Vital statistics of India. Vol. VI, European troops 1870-79
Year: 1870
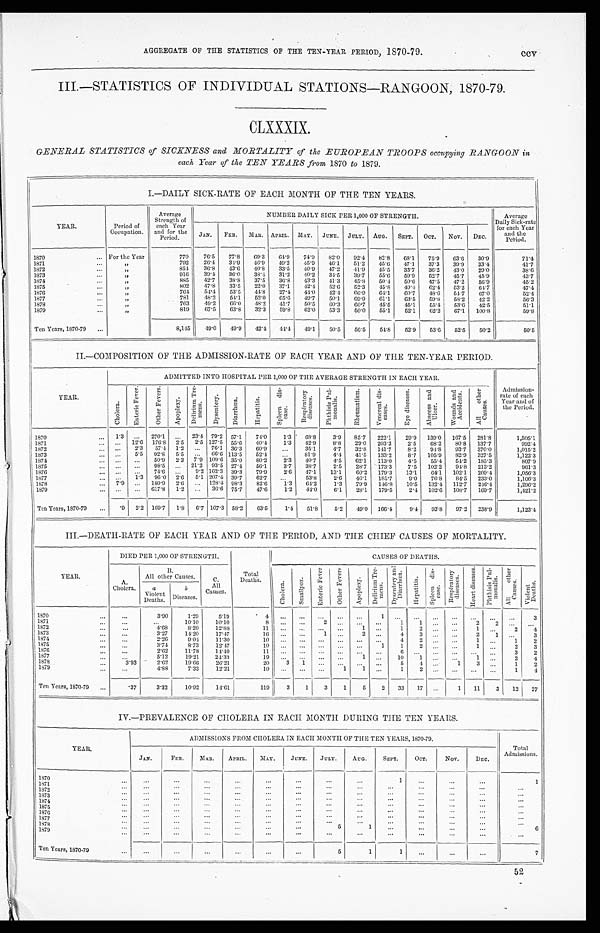
AGGREGATE OF THE STATISTICS OF THE TEN-YEAR PERIOD, 1870-79.
ccv
III.—STATISTICS OF INDIVIDUAL STATIONS—RANGOON, 1870-79.
CLXXXIX.
GENERAL STATISTICS of SICKNESS and MORTALITY of the EUROPEAN TROOPS occupying RANGOON in
each Year of the TEN YEARS from 1870 to 1879.
I.—DAILY SICK-RATE OF EACH MONTH OF THE TEN YEARS.
YEAR.
Period of
Occupation.
Average
Strength of
each Year
and for the
Period.
NUMBER DAILY SICK PER 1,000 OF STRENGTH.
Average
Daily Sick-rate
for each Year
and the
Period.
J AN.
FEB. MAR. APRIL. MAY. JUNE. JULY. AUG. SEPT. OCT. NOV. DEC.
1870
For the Year
770
76.5 77.8 69.3 64.9 74.9 82.0 92.4 82.8 68.1 75.9 63.6 30.9
71.4
1871
"
792 26.4 34.9 46.9 49.2 45.9 46.1
51.2 45.6 47.1
37.3 39.9
33.4
41.7
1872
"
854 36.8 43.6 40.8 33.5 40.9 47.2 41.9 45.5 33.7 36.2 43.0
29.0
38.6
1873
"
916
39.4 36.0 38.4 31.2 40.2 34.5 39.7 55.6 59.9 52.7 45.7
45.9
43.7
1874
"
885
42.7
38.8 37.5 36.8 43.3 41.3 45.8
50.4
5 0 . 6 47.5
47.2
56.9
45.2
1875
"
802
47.8 33.5 22.0 37.1
42.4 59.6 52.3 45.8 49.4 62.4 53.2 64.7
47.4
1876
"
764
54.4 53.5 44.8 27.4 44.0 42.4 66.9 64.1
60.7 48.6 54.7 67.0
52.4
1877
"
781
4 8 . 2 54.1
52.0 65.6 49.7 50.1
69.9 61.1
63.5 59.8 58.2 42.2
56.3
1878
"
763
49.2 66.0 48.2 41.7 50.5
60.3 60.7 45.5
45.1 55.4 53.6 42.5
51.1
1879
"
819
67.5
63.8 32.3 59.8 62.0 53.3
50.0 55.1
52.1
62.2
67.1 100.8
59.8
Ten Years, 1870-79
8,145
49.0 49.9 42.4 44.4 49.1
50.5 56.5
54.8
52.9 53.6 52.5 50.2
50.5
II.—COMPOSITION OF THE ADMISSION-RATE OF EACH YEAR AND OF THE TEN-YEAR PERIOD.
YEAR .
ADMITTED INTO HOSPITAL PER 1,000 OF THE AVERAGE STRENGTH IN EACH YEAR.
Admission-
rate of each
Year and of
the Period.
C h o l e r a .
E n t e r i c F e v e r .
O t h e r F e v e r s .
A p o p l e x y .
D e l i r i u m T r e -
m e n s .
D y s e n t e r y .
D i a r r h œ a .
H e p a t i t i s .
S p l e e n d i s -
e a s e . Respiratory
diseases.
P h t h i s i s P u l -
mo n a l i s .
R h e u m a t i s m .
V e n e r e a l d i s -
e a s e s .
E y e d i s e a s e s .
A b s c e s s a n d
U l c e r .
W o u n d s a n d
A c c i d e n t s .
A l l o t h e r
C a u s e s .
1870
1 . 3 . . . 270.1 ... 23.4 79.2 57.1
74.0
1.3 68.8
3.9 85.7 222.1
29.9 139.0 167.5 281.8
1,505.1
1871
. . . 12.6 176.8 2.5 2.5 127.5 55.6 40.4
l.3 42.9
8.8 29.0 203.3
2.5
68.2 80.8 137.7
992.4
1872
. . .
2.3 57.4 1.2 ... 76.1 36.3 60.9
...
35.1
4.7 32.8 141.7
8.2 94.8 93.7 370.0
1,015.2
1873
. . .
5. 5 92.8 5.5 ... 66.6 113.5 52.4
...
81.9
4.4 41.5 133.2
8.7 105.9 82.9 327.5
1,122.3
1 8 7 4
. . . ... 50.9 2.3 7.9 109.6 35.0 80.2
2 . 3
4 0 . 7 4.5 62.1 113.0
4.5 55.4 54.2 185.3
807.9
1875
.„ ...
98.5 ... 21.2 93.5 27.4 56.1
3.7
3 8 . 7
2 . 5
2 8 . 7 173.3
7.5 102.2 94.8 213.2
961.3
1876
... ...
74.6
. . . 9.2 162.3 39.3 79.9
2. 6
4 7 . 1 13.1
60.2 179.3
13.1 64.1 102.1 209.4
1,056.3
1877
. . .
1.3 96.0 2.6 5.1 207.4 39.7 62.7 ...
53.8
2.6 46.1 185.7
9.0 76.8 84.5 233.0
1,106.3
1878
7.9 ... 180.9 2.6 ... 128.4 98.3 82.6
1.3 64.2
l.3 79.9 146.8 10.5 132.4 112.7 246.4
1,296.2
1879
. . .
... 617.8 1.2
. . . 36.6 75.7 47.6
1.2
4 4 . 0
6.1
28.1 179.5
2.4 102.6 108.7 169.7
1,421.2
Ten Years, 1870-79
.9 2.2 169.7 1.8 6.7 107.3 58.2 63.5
1.4 51.8
5.2 49.0 166.4
9.4 93.8 97.2 238.9
1,123.4
III.—DEATH-RATE OF EACH YEAR AND OF THE PERIOD, AND THE CHIEF CAUSES OF MORTALITY.
YEAR.
DIED PER 1,000 OF STRENGTH.
Total
Deaths.
CAUSES OF DEATHS.
A.
Cholera.
B .
All other Causes.
C .
A l l
Causes.
C h o l e r a .
S m a l l p o x .
E n t e r i c F e v e r .
O t h e r F e v e r s .
A p o p l e x y .
D e l i r i u m T r e -
m e n s . D y s e n t e r y a n d
D i a r r h œ a .
H e p a t i t i s .
S p l e e n d i s -
ease.
R e s p i r a t o r y
d i s e a s e s .
H e a r t d i s e a s e s .
P h t h i s i s P u l -
m o n a l i s .
A l l o t h e r
C a u s e s .
V i o l e n t
D e a t h s .
a
Violent
Deaths.
b
D i s e a s e s .
1870
. . .
3.90
1.29
5.19
4 . . . ... ... ... ...
1
. . . ... ... ...
. . .
. . . ...
3
1871
. . .
. . . 10.10
10.10
8 ... ...
2 ... ...
. . . 1
1 ...
. . . 2
2
. . . ...
1872
. . .
4.68
8.20
12.88
11 ... ...
... ... 1
. . . 1
2 ...
. . . 1
. . .
2
4
1873
. . .
3.27
14.20
17.47
16 ... ... 1
... 2
. . . 4
3 ...
. . . 2
1
. . . 3
1874
...
2.26
9.04
11.30
1 0 . . . ... ... ... ...
. . . 4
2 ...
. . .
1
. . .
1 2
1875
. . .
3.74
8.73
12.47
10
. . .
. . .
. . .
...
. . .
1
1
2 ...
. . .
1
. . . 2
3
1 8 7 6
. . .
2.62
11.78
14.40
11
. . . ... ... ... ...
. . .
6
. . .
...
. . . . . .
. . . 3
2
1877
...
5.12
19.21
24.33
19 ... ...
. . .
...
1
. . . 10
1 ...
. . . 1
. . . 2
4
1878
3 . 9 3
2.62
19.66
26.21
20
3 1
... ...
...
. . .
5
4 ...
1
3
. . . 1
2
1 8 7 9
. . .
4.88
7.33
12.21
1 0
. . . ... ... 1
1
. . .
1
2 ...
. . .
. . .
. . . 1
4
Ten Years, 1870-79
.37
3.32
10.92
14.61
119
3
1
3
1
5
2 33 17 ...
1 11
3 12 27
IV.—PREVALENCE OF CHOLERA IN EACH MONTH DURING THE TEN YEARS.
YEAR.
ADMISSIONS FROM CHOLERA IN EACH MONTH OF THE TEN YEARS, 1870-79.
Total
Admissions.
JAN.
FEB.
MAR. APRIL. MAY.
JUNE. JULY.
AUG.
SEPT.
OCT.
NOV.
DEC.
1870
. . .
. . .
. . .
. . .
. . .
. . .
. . .
. . .
1
. . .
. . .
. . .
1
1871
. . .
. . .
. . .
. . .
. . .
. . .
. . . ...
. . .
. . .
. . .
. . .
. . .
1872
. . .
. . .
. . .
. . .
. . .
. . .
. . . ...
. . .
. . .
. . .
. . .
. . .
1873
. . .
. . .
. . .
. . .
. . .
. . .
. . .
. . .
. . .
. . .
. . .
. . .
. . .
1 8 7 4
. . .
. . .
. . .
. . .
. . .
. . .
. . .
. . .
. . .
. . .
. . .
. . .
. . .
1875
. . .
. . .
. . .
. . .
. . .
. . .
. . . ...
. . .
. . .
. . .
. . .
. . .
1876
. . .
. . .
. . .
. . .
. . .
. . .
. . . ...
. . .
. . .
. . .
. . .
. . .
1877
. . .
. . .
. . .
. . .
. . .
. . .
. . . ...
. . .
. . .
. . .
. . .
. . .
1878
. . .
. . .
. . .
. . .
. . .
. . .
5
1
. . .
. . .
. . .
. . .
6
1879
. . .
. . .
. . .
. . .
. . .
. . .
. . . ...
. . .
. . .
. . .
. . .
. . .
Ten Years, 1870-79
. . .
. . .
. . .
. . .
. . .
. . .
5
1
1
. . .
. . .
7
52